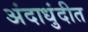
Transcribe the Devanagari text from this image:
अंदाधुंदीत